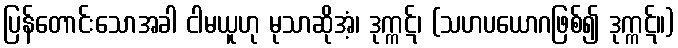
ပြန်တောင်းသောအခါ ငါမယူဟု မုသာဆိုအံ့၊ ဒုက္ကဋ်၊ (သဟပယောဂဖြစ်၍ ဒုက္ကဋ်။)